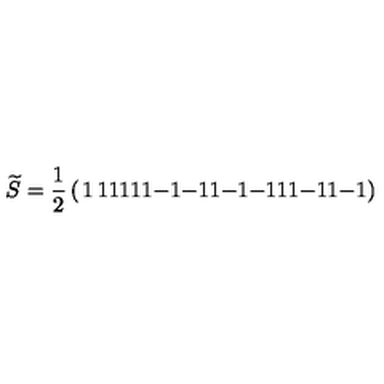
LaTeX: \widetilde { S } = { \frac { 1 } { 2 } } \left( \begin{matrix} { 1 } & { 1 } & { 1 } & { 1 } \\ { 1 } & { 1 } & { - 1 } & { - 1 } \\ { 1 } & { - 1 } & { - 1 } & { 1 } \\ { 1 } & { - 1 } & { 1 } & { - 1 } \\ \end{matrix} \right)